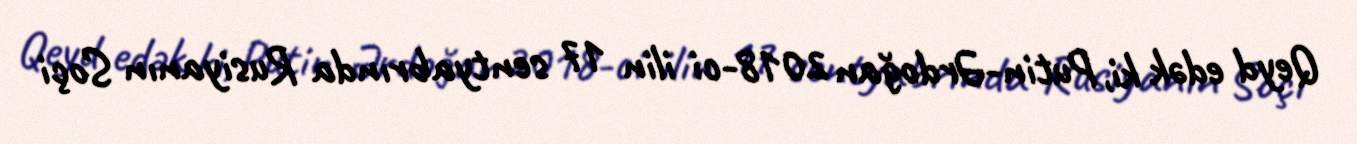
Qeyd edək ki, Putin-Ərdoğan 2018-ci ilin 17 sentyabrında Rusiyanın Soçi